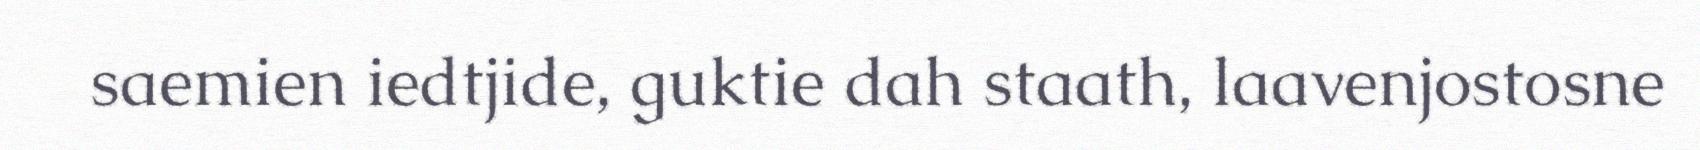
saemien iedtjide, guktie dah staath, laavenjostosne